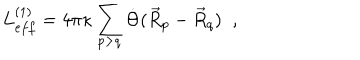
L _ { e f f } ^ { ( 1 ) } = 4 \pi \kappa \sum _ { p > q } \dot { \Theta } ( \vec { R } _ { p } - \vec { R } _ { q } ) \; \; ,